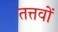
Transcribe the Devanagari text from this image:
तत्तवों